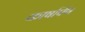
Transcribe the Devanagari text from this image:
कार्षार्पण